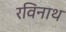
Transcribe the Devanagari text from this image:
रविनाथ